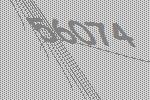
56074